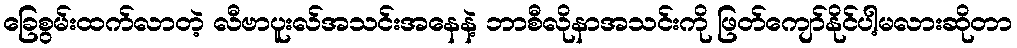
ခြေစွမ်းထက်လာတဲ့ လီဗာပူးလ်အသင်းအနေနဲ့ ဘာစီလိုနာအသင်းကို ဖြတ်ကျော်နိုင်ပါ့မလားဆိုတာ